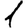
Digit: 1